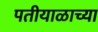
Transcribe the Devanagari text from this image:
पतीयाळाच्या